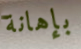
بإهانة